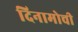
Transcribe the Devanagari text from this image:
दिनामोची